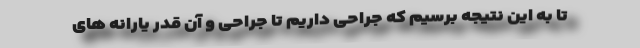
تا به این نتیجه برسیم که جراحی داریم تا جراحی و آن قدر یارانه های